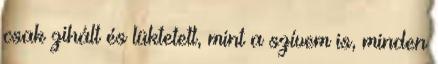
csak zihált és lüktetett, mint a szívem is, minden